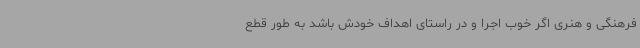
فرهنگی و هنری اگر خوب اجرا و در راستای اهداف خودش باشد به طور قطع